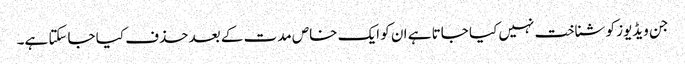
جن ویڈیوز کو شناخت نہیں کیا جاتا ہے ان کو ایک خاص مدت کے بعد حذف کیا جاسکتا ہے۔